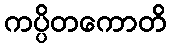
ကပ္ပိတကောတိ